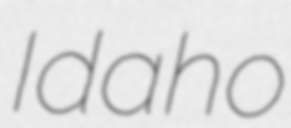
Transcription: Idaho